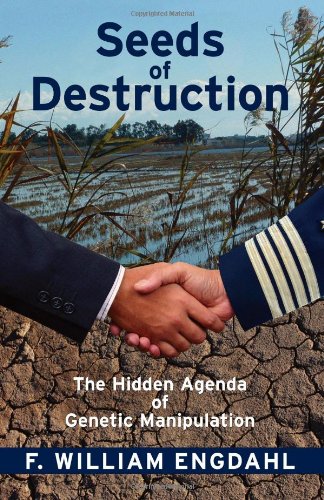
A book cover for Seeds of Destruction: The Hidden Agenda of Genetic Manipulation; William F. Engdahl; Medical Books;